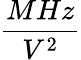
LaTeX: \frac{MHz}{V^{2}}